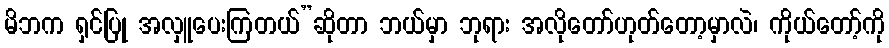
မိဘက ရှင်ပြု အလှူပေးကြတယ်”ဆိုတာ ဘယ်မှာ ဘုရား အလိုတော်ဟုတ်တော့မှာလဲ၊ ကိုယ်တော့်ကို